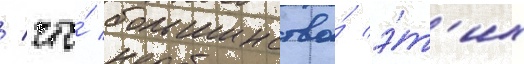
/ что́ большинство́ э́т'их